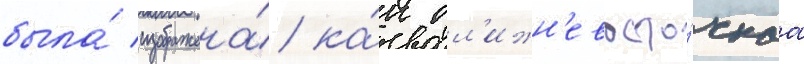
была́ изображена́ ка́к бл'ижн'евосто́чнаа